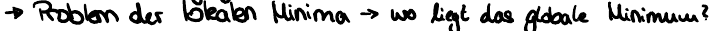
-> Problem der lokalen Minima -> wo liegt das globale Minimum?